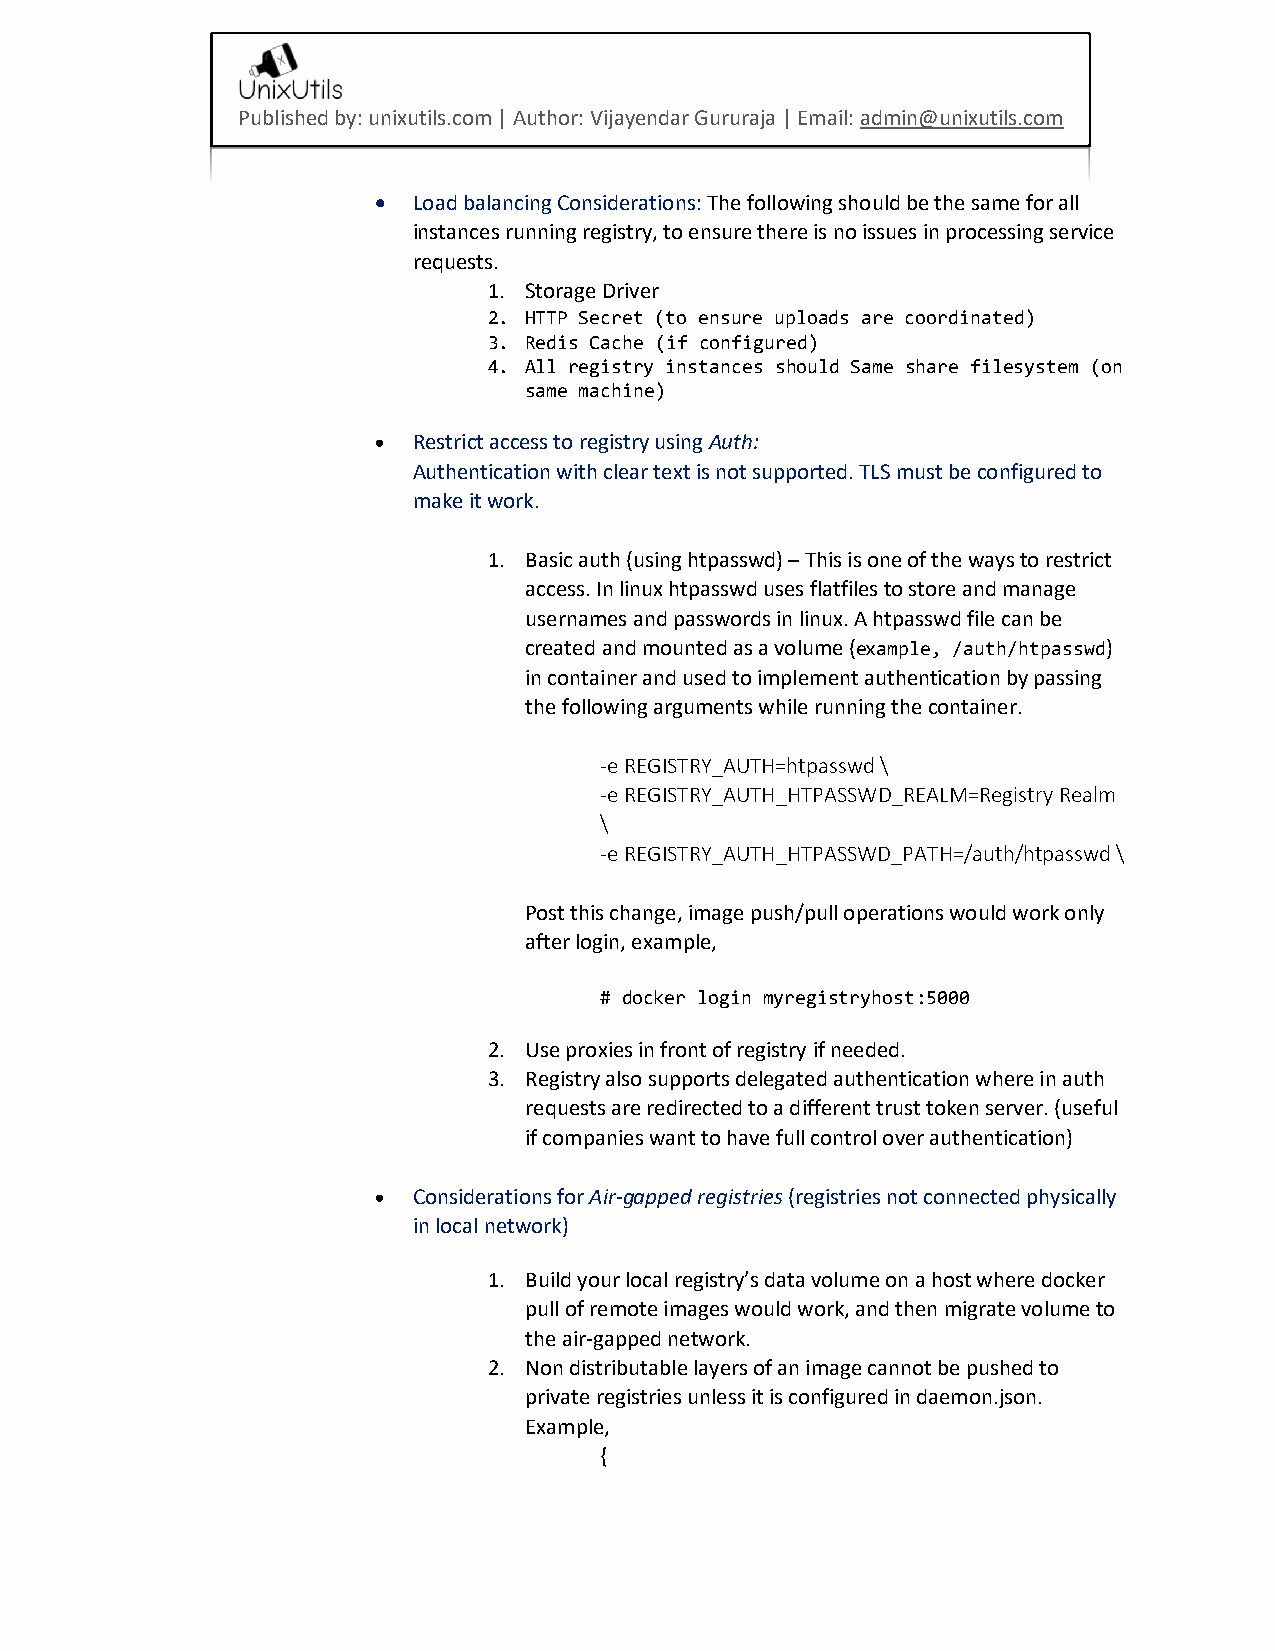
Published by: unixutils.com | Author: Vijayendar Gururaja | Email: admin@unixutils.com
 • Load balancing Considerations: The following should be the same for all
 instances running registry, to ensure there is no issues in processing service
 requests.
 1. Storage Driver
 2. HTTP Secret (to ensure uploads are coordinated)
 3. Redis Cache (if configured)
 4. All registry instances should Same share filesystem (on
 same machine)
 • Restrict access to registry using Auth:
 Authentication with clear text is not supported. TLS must be configured to
 make it work.
 1. Basic auth (using htpasswd) – This is one of the ways to restrict
 access. In linux htpasswd uses flatfiles to store and manage
 usernames and passwords in linux. A htpasswd file can be
 created and mounted as a volume (example, /auth/htpasswd)
 in container and used to implement authentication by passing
 the following arguments while running the container.
 -e REGISTRY_AUTH=htpasswd \
 -e REGISTRY_AUTH_HTPASSWD_REALM=Registry Realm
 \
 -e REGISTRY_AUTH_HTPASSWD_PATH=/auth/htpasswd \
 Post this change, image push/pull operations would work only
 after login, example,
 # docker login myregistryhost:5000
 2. Use proxies in front of registry if needed.
 3. Registry also supports delegated authentication where in auth
 requests are redirected to a different trust token server. (useful
 if companies want to have full control over authentication)
 • Considerations for Air-gapped registries (registries not connected physically
 in local network)
 1. Build your local registry’s data volume on a host where docker
 pull of remote images would work, and then migrate volume to
 the air-gapped network.
 2. Non distributable layers of an image cannot be pushed to
 private registries unless it is configured in daemon.json.
 Example,
 {